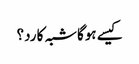
کیسے ہوگاشبہ کا رد؟